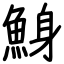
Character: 鯓